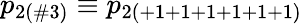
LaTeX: p_{2(\# 3)}\equiv p_{2(+1+1+1+1+1+1)}